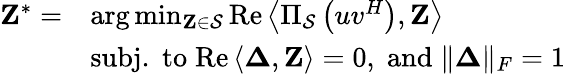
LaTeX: \begin{array}{rl}{\mathbf{Z}^{*}=}&{\mathrm{arg}\operatorname*{min}_{\mathbf{Z}\in\mathcal{S}}\mathrm{Re}\left\langle\Pi_{\mathcal{S}}\left(uv^{H}\right),\mathbf{Z}\right\rangle}\\ &{\mathrm{subj.\; to}\; \mathrm{Re}\left\langle\mathbf{\Delta},\mathbf{Z}\right\rangle=0,\; \mathrm{and}\; \| \mathbf{\Delta}\| _{F}=1}\end{array}